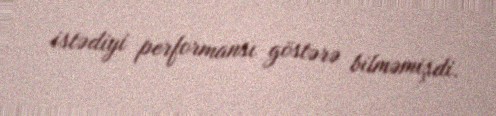
istədiyi performansı göstərə bilməmişdi.